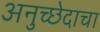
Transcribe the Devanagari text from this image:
अनुच्छेदाचा